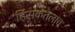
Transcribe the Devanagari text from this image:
हिंसकतेलाच